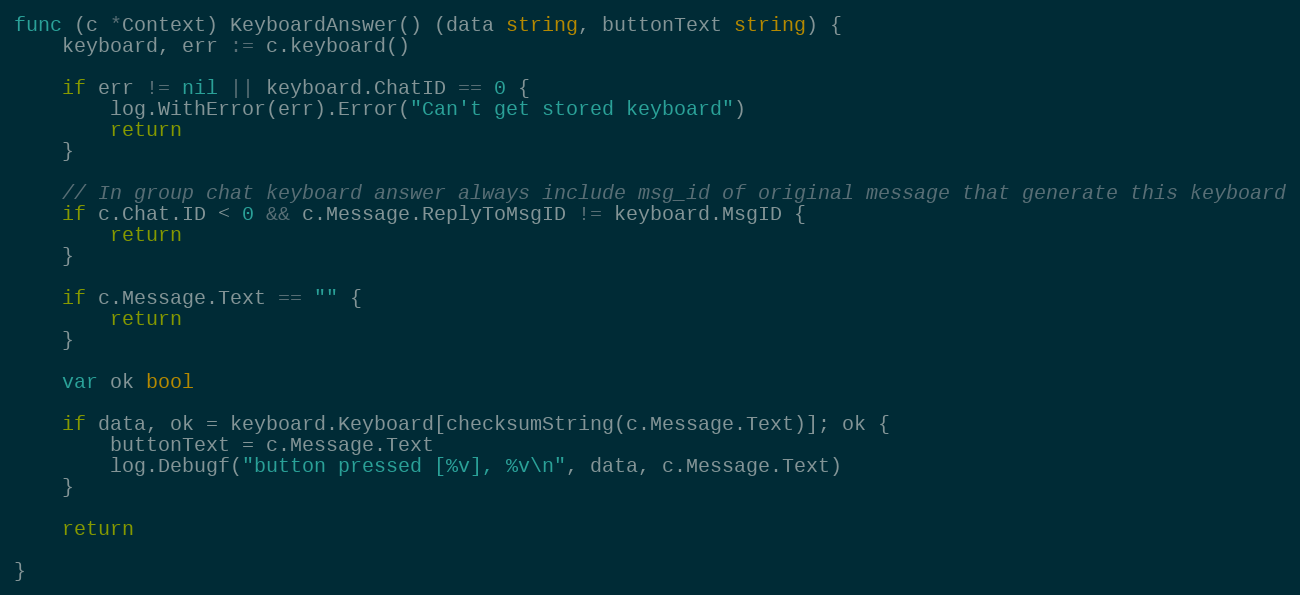
Language: Go
func (c *Context) KeyboardAnswer() (data string, buttonText string) {
	keyboard, err := c.keyboard()

	if err != nil || keyboard.ChatID == 0 {
		log.WithError(err).Error("Can't get stored keyboard")
		return
	}

	// In group chat keyboard answer always include msg_id of original message that generate this keyboard
	if c.Chat.ID < 0 && c.Message.ReplyToMsgID != keyboard.MsgID {
		return
	}

	if c.Message.Text == "" {
		return
	}

	var ok bool

	if data, ok = keyboard.Keyboard[checksumString(c.Message.Text)]; ok {
		buttonText = c.Message.Text
		log.Debugf("button pressed [%v], %v\n", data, c.Message.Text)
	}

	return

}